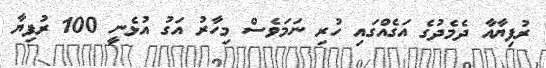
ރުފިޔާއާ ދެމެދުގެ އަގެއްގައި ހުރި ނަމަވެސް މިހާރު އަގު އުޅެނީ 100 ރުފިޔާ